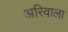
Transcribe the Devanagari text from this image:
अरिवाला